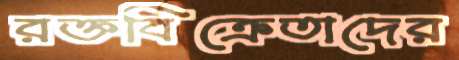
রক্তবিক্রেতাদের